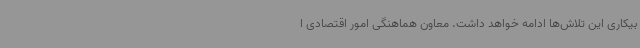
بیکاری این تلاش‌ها ادامه خواهد داشت. معاون هماهنگی امور اقتصادی ا